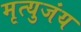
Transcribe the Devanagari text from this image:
मृत्युजंय